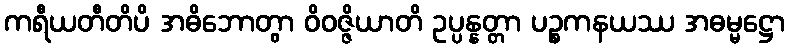
ကရီယတီတိပိ အဓိဘောတွာ ဝိဝဇ္ဇိယာတိ ဥပ္ပန္နတ္တာ ပဉ္စကနယဿ အဓမ္မဋ္ဌော